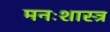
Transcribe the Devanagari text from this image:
मनःशास्त्र